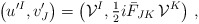
\begin{align*}\big(u^{\prime I}, v'_J\big) = \big({\cal V}^I,{\textstyle{1\over 2}} i\bar F_{JK}\,{\cal V}^K\big) \ ,\end{align*}